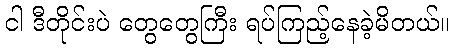
ငါ ဒီတိုင်းပဲ တွေတွေကြီး ရပ်ကြည့်နေခဲ့မိတယ်။